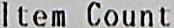
ITEM COUNT